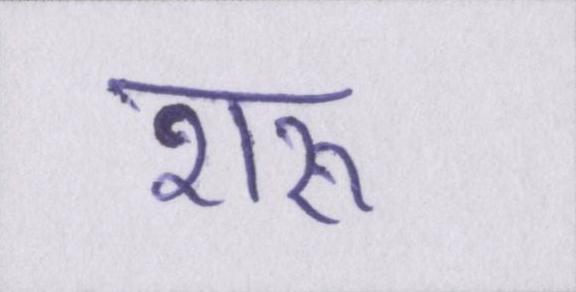
शरू